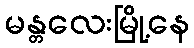
မန္တလေးမြို့နေ